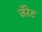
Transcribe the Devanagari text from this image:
जॅरेट